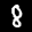
Label: 8